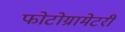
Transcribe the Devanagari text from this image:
फोटोग्रामेटरी